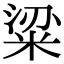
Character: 粱